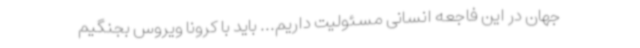
جهان در این فاجعه انسانی مسئولیت داریم... باید با کرونا ویروس بجنگیم